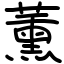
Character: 薰